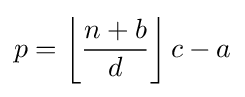
p=\left\lfloor {\frac {n+b}{d}}\right\rfloor c-a